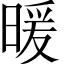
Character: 暖